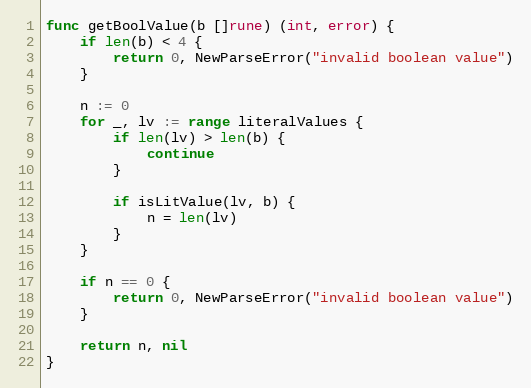
Language: Go
func getBoolValue(b []rune) (int, error) {
	if len(b) < 4 {
		return 0, NewParseError("invalid boolean value")
	}

	n := 0
	for _, lv := range literalValues {
		if len(lv) > len(b) {
			continue
		}

		if isLitValue(lv, b) {
			n = len(lv)
		}
	}

	if n == 0 {
		return 0, NewParseError("invalid boolean value")
	}

	return n, nil
}